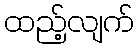
ထည့်လျက်